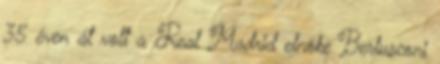
35 éven át volt a Real Madrid elnöke Berlusconi